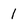
Character: 1